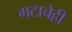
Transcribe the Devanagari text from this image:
गटाचेही